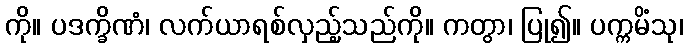
ကို။ ပဒက္ခိဏံ၊ လက်ယာရစ်လှည့်သည်ကို။ ကတွာ၊ ပြု၍။ ပက္ကမိံသု၊